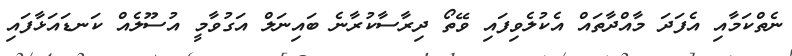
ނެތްކަމާއި އެފަދަ މާއްދާތައް އެކުލެވިފައި ވޭތޯ ދިރާސާކުރާނެ ބައިނަލް އަގުވާމީ އުސޫލެއް ކަނޑައަޅާފައި